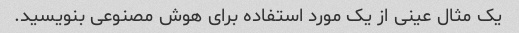
یک مثال عینی از یک مورد استفاده برای هوش مصنوعی بنویسید.